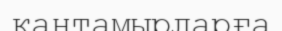
қантамырларға